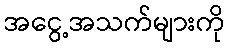
အငွေ့အသက်များကို